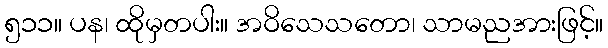
၅၁၁။ ပန၊ ထိုမှတပါး။ အဝိသေသတော၊ သာမညအားဖြင့်။